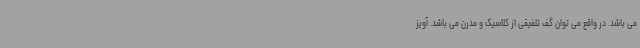
می باشد. در واقع می توان گف تلفیقی از کلاسیک و مدرن می باشد. آویز